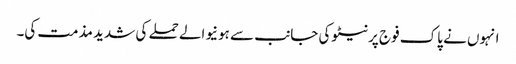
انہوں نے پاک فوج پرنیٹوکی جانب سے ہونیوالے حملے کی شدید مذمت کی۔